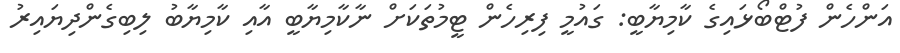
އަންހެން ފުޓްބޯޅައިގެ ކާމިޔާބީ: ގައުމީ ފިރިހެން ޓީމުތަކަށް ނާކާމިޔާބީ އާއި ކާމިޔާބު ލިބިގެންދިޔައިރު